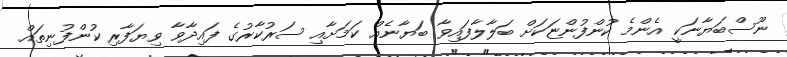
ނޫސްބަޔާނަކީ އެންމެ ކުންފުންޏަކަށް ބަލާލާފައިވާ ބަޔާނެއް ކަމަށާއި ސަރުކާރުގެ ފައިދާވާ ވިޔަފާރި ކުންފުނިތައް